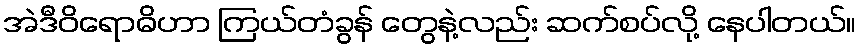
အဲဒီဝိရောဓိဟာ ကြယ်တံခွန် တွေနဲ့လည်း ဆက်စပ်လို့ နေပါတယ်။